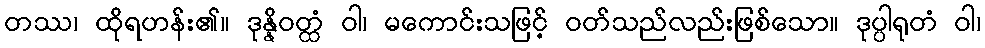
တဿ၊ ထိုရဟန်း၏။ ဒုန္နိဝတ္ထံ ဝါ၊ မကောင်းသဖြင့် ဝတ်သည်လည်းဖြစ်သော။ ဒုပ္ပါရုတံ ဝါ၊